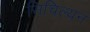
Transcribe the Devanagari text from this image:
सिचिल्यन